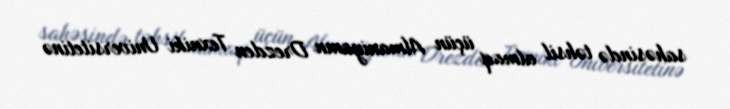
sahəsində təhsil almaq üçün Almaniyanın Drezden Texniki Universitetinə